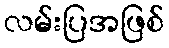
လမ်းပြအဖြစ်